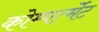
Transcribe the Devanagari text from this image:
कोम्पर्त्मेंट